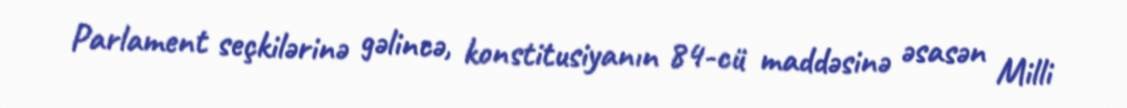
Parlament seçkilərinə gəlincə, konstitusiyanın 84-cü maddəsinə əsasən Milli